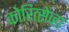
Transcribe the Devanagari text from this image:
कोरित्सेव्हा